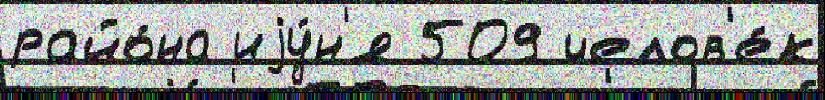
райо́на иjу́н'я 509 челов'е́к